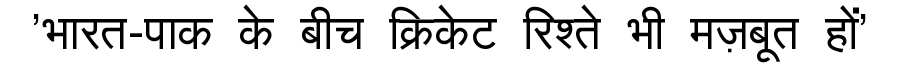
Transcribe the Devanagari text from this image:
'भारत-पाक के बीच क्रिकेट रिश्ते भी मज़बूत हों'